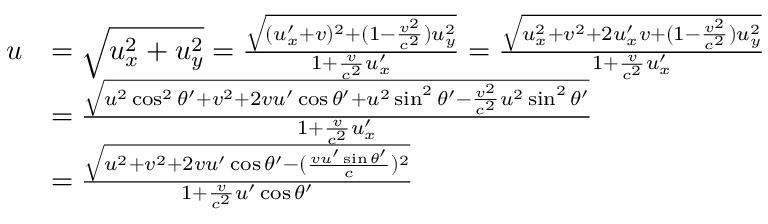
{ \begin{array} { r l } { u } & { = { \sqrt { u _ { x } ^ { 2 } + u _ { y } ^ { 2 } } } = { \frac { \sqrt { ( u _ { x } ^ { \prime } + v ) ^ { 2 } + ( 1 - { \frac { v ^ { 2 } } { c ^ { 2 } } } ) u _ { y } ^ { 2 } } } { 1 + { \frac { v } { c ^ { 2 } } } u _ { x } ^ { \prime } } } = { \frac { \sqrt { u _ { x } ^ { 2 } + v ^ { 2 } + 2 u _ { x } ^ { \prime } v + ( 1 - { \frac { v ^ { 2 } } { c ^ { 2 } } } ) u _ { y } ^ { 2 } } } { 1 + { \frac { v } { c ^ { 2 } } } u _ { x } ^ { \prime } } } } \\ & { = { \frac { \sqrt { u ^ { 2 } \cos ^ { 2 } \theta ^ { \prime } + v ^ { 2 } + 2 v u ^ { \prime } \cos \theta ^ { \prime } + u ^ { 2 } \sin ^ { 2 } \theta ^ { \prime } - { \frac { v ^ { 2 } } { c ^ { 2 } } } u ^ { 2 } \sin ^ { 2 } \theta ^ { \prime } } } { 1 + { \frac { v } { c ^ { 2 } } } u _ { x } ^ { \prime } } } } \\ & { = { \frac { \sqrt { u ^ { 2 } + v ^ { 2 } + 2 v u ^ { \prime } \cos \theta ^ { \prime } - ( { \frac { v u ^ { \prime } \sin \theta ^ { \prime } } { c } } ) ^ { 2 } } } { 1 + { \frac { v } { c ^ { 2 } } } u ^ { \prime } \cos \theta ^ { \prime } } } } \end{array} }